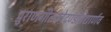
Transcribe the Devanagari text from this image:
पुराणगीतकोदण्डविद्यार्णव